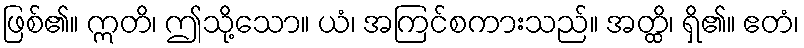
ဖြစ်၏။ ဣတိ၊ ဤသို့သော။ ယံ၊ အကြင်စကားသည်။ အတ္ထိ၊ ရှိ၏။ ဧတံ၊